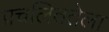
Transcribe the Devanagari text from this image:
प्रचलिततेला